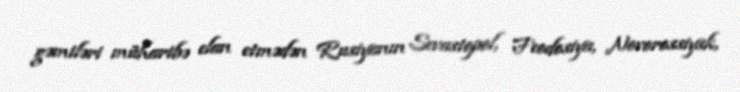
gəmiləri müharibə elan etmədən Rusiyanın Sevastopol, Feodosiya, Novorossiysk,